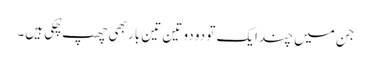
جن میں چند ایک تو دو دو تین تین بار بھی چھپ چُکی ہیں۔